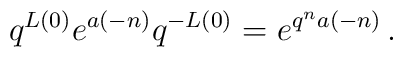
q^{L(0)}e^{a(-n)}q^{-L(0)}=e^{q^na(-n)}\,.